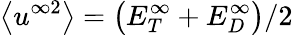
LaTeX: \big<u^{\infty 2}\big>=\big(E_{T}^{\infty}+E_{D}^{\infty}\big)/2